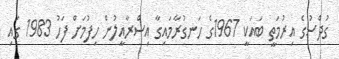
ގުދްސުގެ އިރުމަތީ ބައަކީ 1967ގެ ހަނގުރާމައިގާ އިސްރާއީލުން ހިފުމަށް ފަހު 1983 ގައި